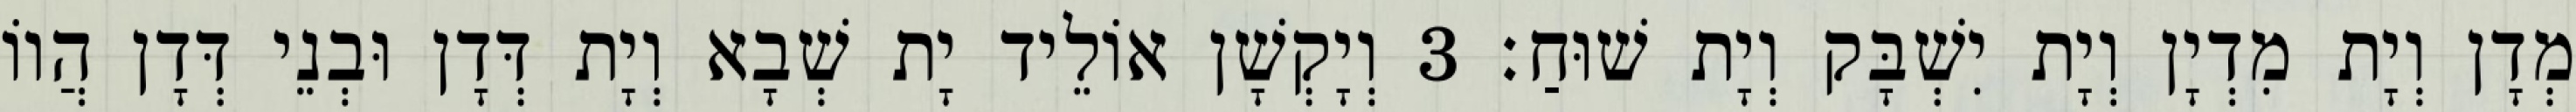
מְדָן וְיָת מִדְיָן וְיָת יִשְׁבָּק וְיָת שׁוּחַ׃ 3 וְיָקְשָׁן אוֹלֵיד יָת שְׁבָא וְיָת דְּדָן וּבְנֵי דְּדָן הֲווֹ